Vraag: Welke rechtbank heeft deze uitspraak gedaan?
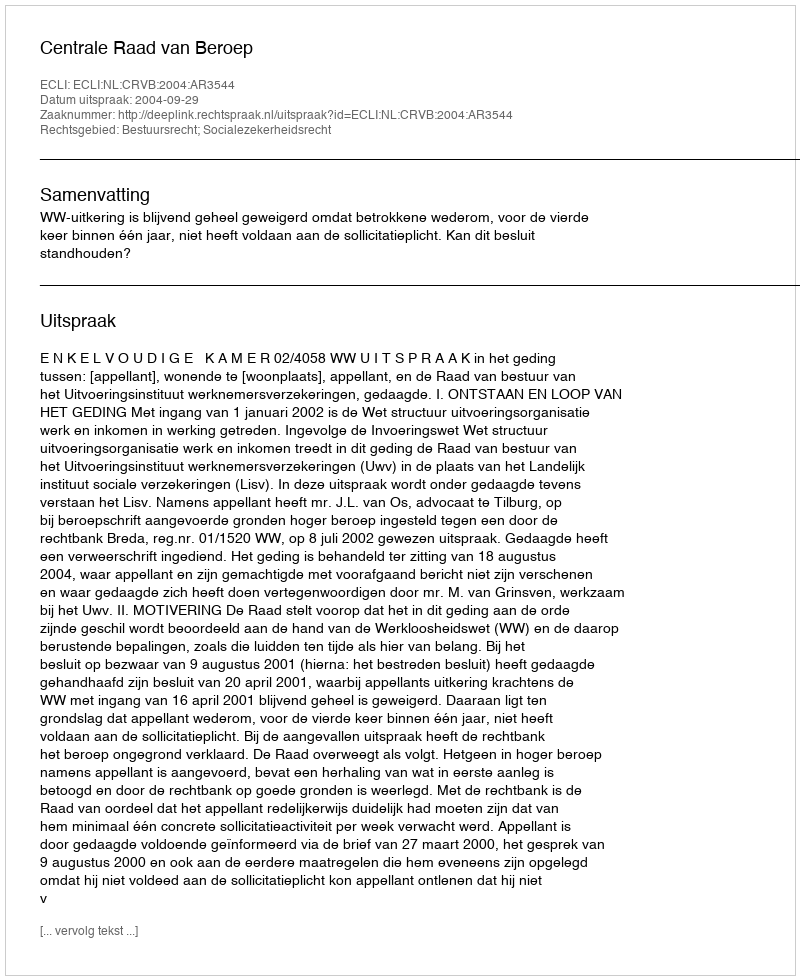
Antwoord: Centrale Raad van Beroep